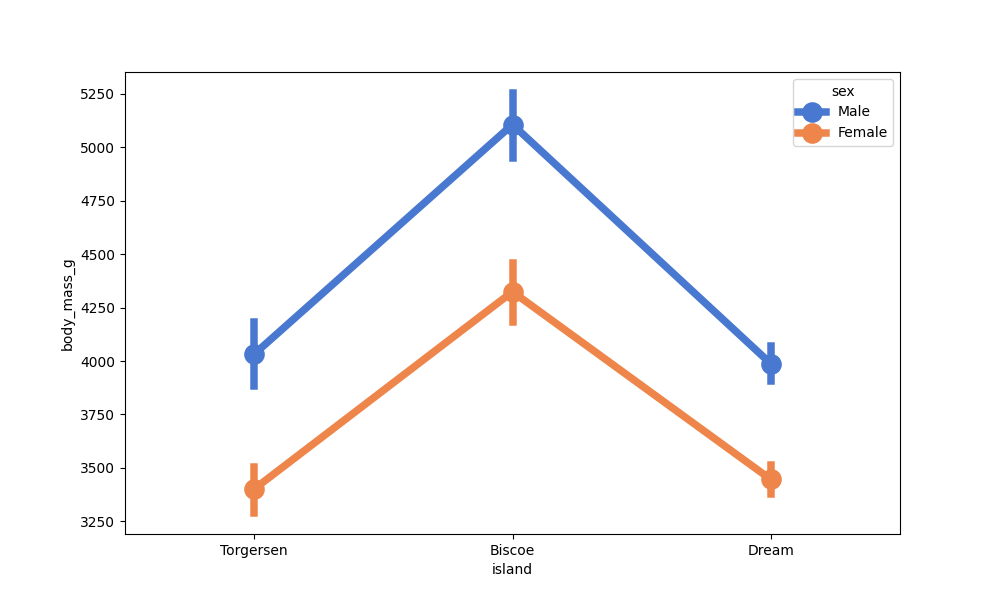
python, seaborn, pointplot, scale=2.0, join=True, hue='sex', palette='muted'